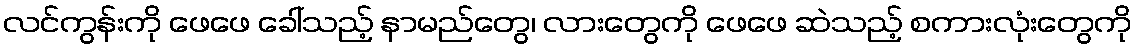
လင်ကွန်းကို ဖေဖေ ခေါ်သည့် နာမည်တွေ၊ လားတွေကို ဖေဖေ ဆဲသည့် စကားလုံးတွေကို